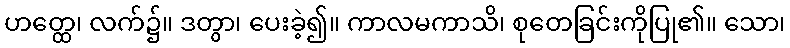
ဟတ္ထေ၊ လက်၌။ ဒတွာ၊ ပေးခဲ့၍။ ကာလမကာသိ၊ စုတေခြင်းကိုပြု၏။ သော၊